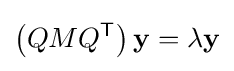
\left(QMQ^{\mathsf {T}}\right)\mathbf {y} =\lambda \mathbf {y}